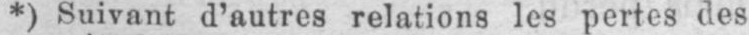
*) Suivant d’autres relations les pertes des